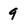
Character: 9